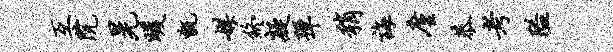
互院晃暖甑媒终凝弹稍诲廑恭考隘